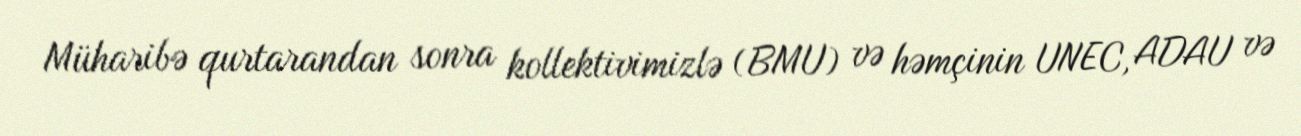
Müharibə qurtarandan sonra kollektivimizlə (BMU) və həmçinin UNEC, ADAU və